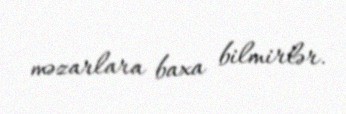
məzarlara baxa bilmirlər.